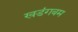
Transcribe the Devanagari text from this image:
खडंगबम